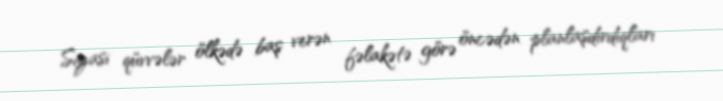
Siyasi qüvvələr ölkədə baş verən fəlakətə görə öncədən planlaşdırdıqları